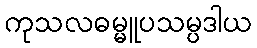
ကုသလဓမ္မူပသမ္ပဒါယ